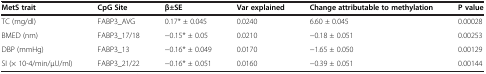
| MetS trait | CpG Site | β±SE | Var explained | Change attributable to methylation | P value |
 | --- | --- | --- | --- | --- | --- |
 | TC (mg/dl) | FABP3_AVG | 0.17* ± 0.045 | 0.0240 | 6.60 ± 0.045 | 0.00028 |
 | BMED (nm) | FABP3_17/18 | −0.15* ± 0.05 | 0.0210 | −0.18 ± 0.051 | 0.00253 |
 | DBP (mmHg) | FABP3_13 | −0.16* ± 0.049 | 0.0170 | −1.65 ± 0.050 | 0.00129 |
 | SI (× 10-4/min/μU/ml) | FABP3_21/22 | −0.16* ± 0.051 | 0.0160 | −0.39 ± 0.051 | 0.00144 |